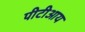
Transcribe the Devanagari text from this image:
पीटीआय